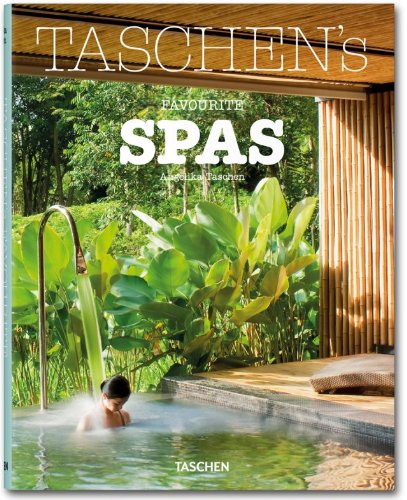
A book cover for TASCHEN's Favourite Spas; Christiane Reiter; Travel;